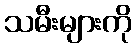
သမီးများကို